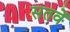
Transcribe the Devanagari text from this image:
सतवें